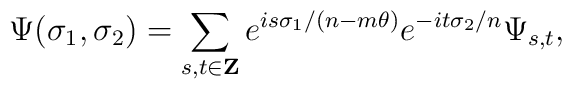
\Psi(\sigma_1,\sigma_2)=\sum_{s,t\in {\bf Z}} e^{is\sigma_1/(n-m\theta)}e^{-it\sigma_2/n} \Psi_{s,t},